Madras plague regulations in force outside the Presidency town - Volume 7
Disease focus: Plague
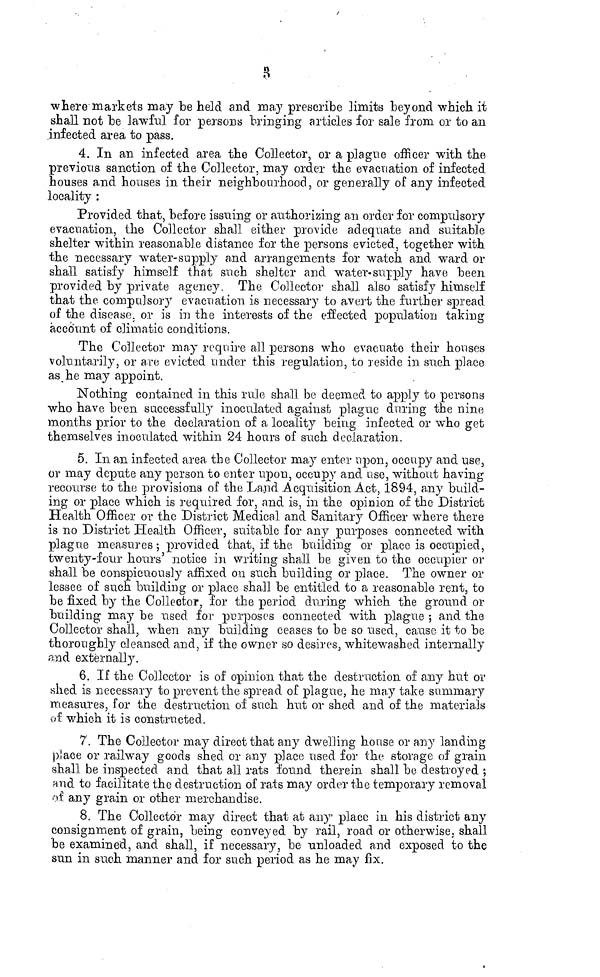
&
where markets may be held and may prescribe limits beyond which it
shall not be lawful for persons bringing articles for sale from or to an
infected area to pass.
4. In an infected area the Collector, or a plague officer with the
previous sanction of the Collector, may order the evacuation of infected
houses and houses in their neighbourhood, or generally of any infected
locality :
Provided that, before issuing or authorizing a.n order for compulsory
evacuation, the Collector shall either provide adequate and suitable
shelter within reasonable distance for the persons evicted, together with
the necessary water-supply and arrangements for watch and ward or
shall satisfy himself that such shelter and water-supply have been
provided by private agency. The Collector shall also satisfy himself
that the compulsory evacuation is necessary to avert the further spread
of the disease, or is in the interests of the effected population taking
account of climatic conditions.
The Collector may require all persons who evacuate their houses
voluntarily, or are evicted under this regulation, to reside in such place
as he may appoint.
Nothing contained in this rule shall be deemed to apply to persons
who have been successfully inoculated against plague during the nine
months prior to the declaration of a locality being infected or who get
themselves inoculated within 24 hours of such declaration.
5. In an infected area the Collector may enter upon, occupy and use,
or may depute any person to enter upon, occupy and use, without having
recourse to the provisions of the Land Acquisition Act, 1894, any build-
ing or place which is required for, and is, in the opinion of the District
Health Officer or the District Medical and Sanitary Officer where there
is no District Health Officer, suitable for any purposes connected with
plague measures ; provided that, if the building or place is occupied,
twenty-four hours' notice in writing shall be given to the occupier or
shall be conspicuously affixed on such building or place. The owner or
lessee of such building or place shall be entitled to a reasonable rent, to
be fixed by the Collector, for the period during which the ground or
building may be used for purposes connected with plague ; and the
Collector shall, when any building ceases to be so used, cause it to be
thoroughly cleansed and, if the owner so desires, whitewashed internally
and externally.
6. If the Collector is of opinion that the destruction of any hut or
shed is necessary to prevent the spread of plague, he may take summary
measures, for the destruction of such hut or shed and of the materials
of which it is constructed.
7. The Collector may direct that any dwelling house or any landing
place or railway goods shed or any place used for the storage of grain
shall be inspected and that all rats found therein shall be destroyed ;
and to facilitate the destruction of rats may order the temporary removal
of any grain or other merchandise.
8. The Collector may direct that at any place in his district any
consignment of grain, being conveyed by rail, road or otherwise, shall
be examined, and shall, if necessary, be unloaded and exposed to the
sun in such manner and for such period as he may fix.